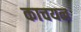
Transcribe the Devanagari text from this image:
काचयन